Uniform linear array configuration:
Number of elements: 8
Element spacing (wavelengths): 0.25
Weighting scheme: uniform
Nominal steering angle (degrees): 15
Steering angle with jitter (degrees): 15.994
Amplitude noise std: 0.05
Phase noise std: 0.05

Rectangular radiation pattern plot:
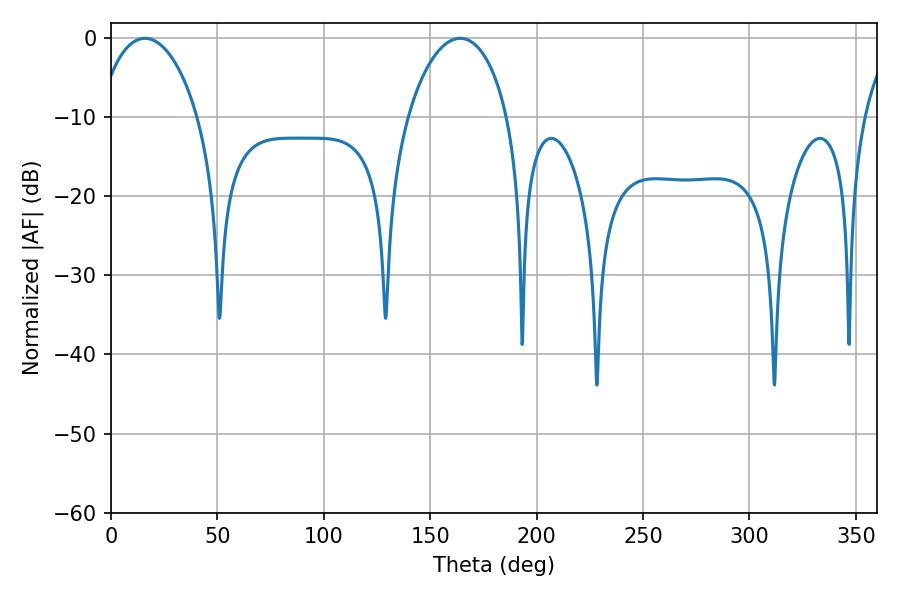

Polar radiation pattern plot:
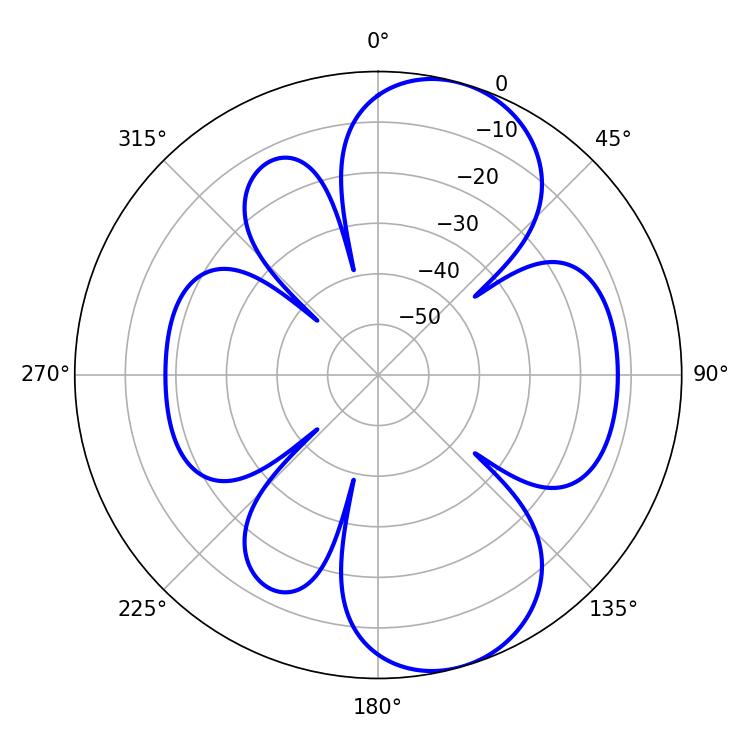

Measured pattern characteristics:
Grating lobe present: FALSE
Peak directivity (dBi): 8.325
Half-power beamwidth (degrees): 27
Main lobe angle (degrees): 16.02